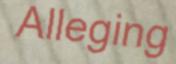
Alleging